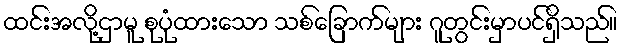
ထင်းအလို့ဌာမူ စုပုံထားသော သစ်ခြောက်များ ဂူတွင်းမှာပင်ရှိသည်။